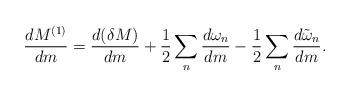
LaTeX: \begin{align*}{dM^{(1)}\over dm} = {d(\delta M)\over dm}+ {1\over2} \sum_n {d\omega_n\over dm} - {1\over2}\sum_n {d\tilde\omega_n\over dm}.\end{align*}